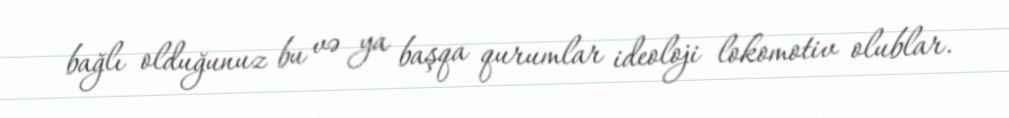
bağlı olduğunuz bu və ya başqa qurumlar ideoloji lokomotiv olublar.